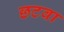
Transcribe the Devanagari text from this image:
छटवा